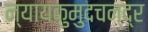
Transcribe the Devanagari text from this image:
न्यायकुमुदचन्द्र